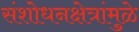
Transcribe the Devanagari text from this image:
संशोधनक्षेत्रांमुळे